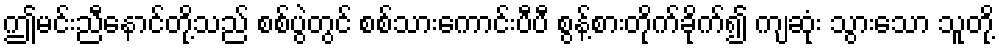
ဤမင်းညီနောင်တို့သည် စစ်ပွဲတွင် စစ်သားကောင်းပီပီ စွန့်စားတိုက်ခိုက်၍ ကျဆုံး သွားသော သူတို့